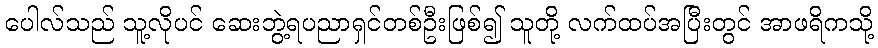
ပေါလ်သည် သူ့လိုပင် ဆေးဘွဲ့ရပညာရှင်တစ်ဦးဖြစ်၍ သူတို့ လက်ထပ်အပြီးတွင် အာဖရိကသို့